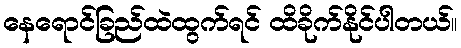
နေရောင်ခြည်ထဲထွက်ရင် ထိခိုက်နိုင်ပါတယ်။